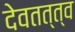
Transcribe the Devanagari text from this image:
देवतत्त्व